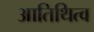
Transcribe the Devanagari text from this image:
आतिथित्व